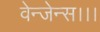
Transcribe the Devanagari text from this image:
वेन्जेन्स।।।